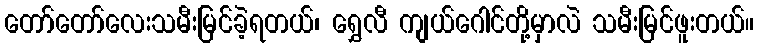
တော်တော်လေးသမီးမြင်ခဲ့ရတယ်၊ ရွှေလီ ကျယ်ဂေါင်တို့မှာလဲ သမီးမြင်ဖူးတယ်။